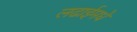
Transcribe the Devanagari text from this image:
लढाईमधे